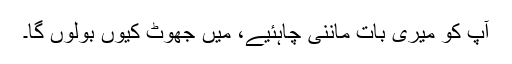
آپ کو میری بات ماننی چاہئیے، میں جھوٹ کیوں بولوں گا۔